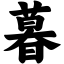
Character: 暮